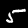
Label: 5